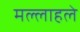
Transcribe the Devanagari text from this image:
मल्लाहले